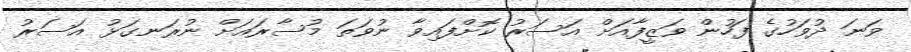
ވަނަ ދުވަހުގެ ފަހުން ވަޒީފާއަށް އަސަރު ކޮށްފައިވާ ނުވަތަ މުސާރައަށް ނުރަނގަޅު އަސަރު